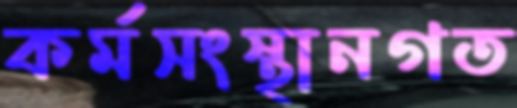
কর্মসংস্থানগত